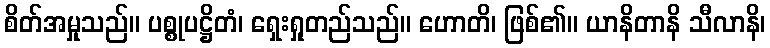
စိတ်အမှုသည်။ ပစ္စုပဋ္ဌိတံ၊ ရှေးရှုတည်သည်။ ဟောတိ၊ ဖြစ်၏။ ယာနိတာနိ သီလာနိ၊